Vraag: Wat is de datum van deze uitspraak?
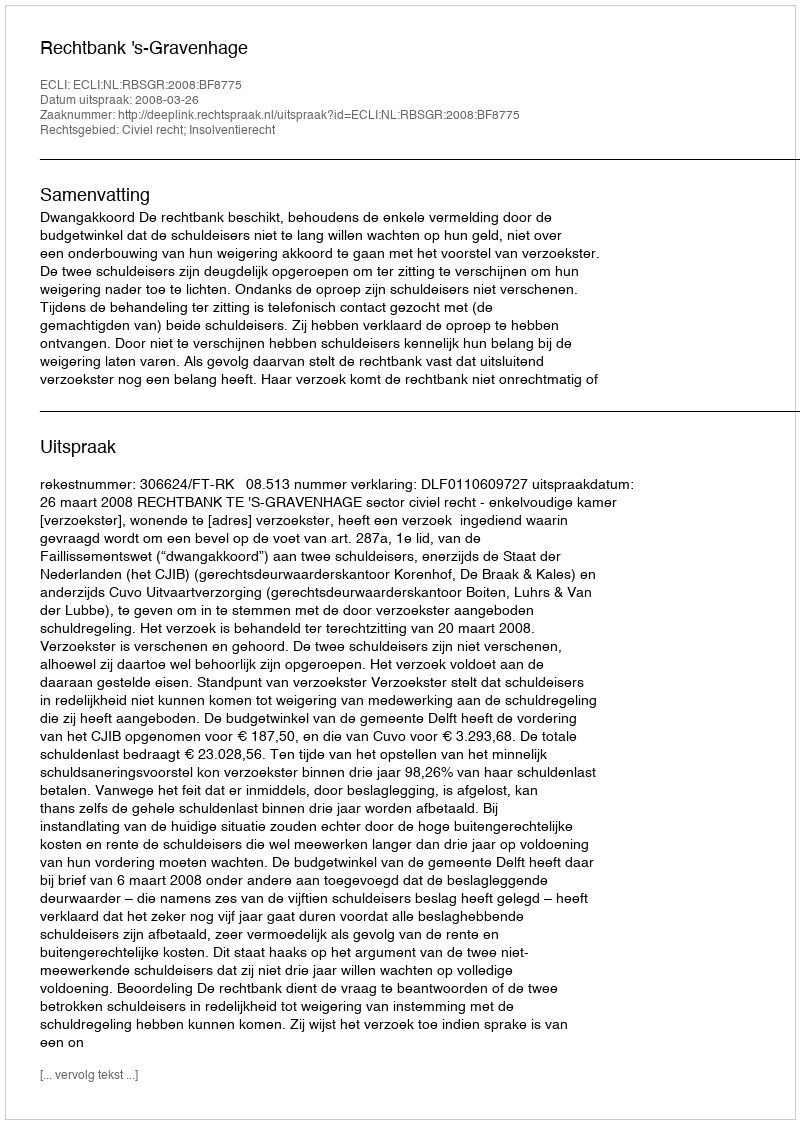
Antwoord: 2008-03-26